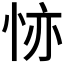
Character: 𢙕